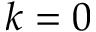
k = 0